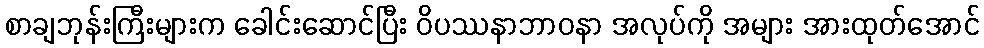
စာချဘုန်းကြီးများက ခေါင်းဆောင်ပြီး ဝိပဿနာဘာဝနာ အလုပ်ကို အများ အားထုတ်အောင်